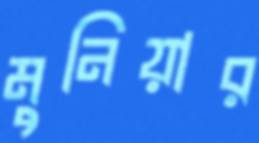
মুনিয়ার